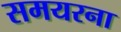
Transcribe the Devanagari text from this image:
समयरना